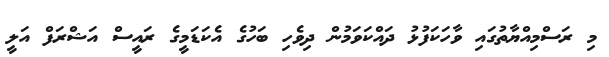
މި ރަސްމިއްޔާތުގައި ވާހަކަފުޅު ދައްކަވަމުން ދިވެހި ބަހުގެ އެކަޑަމީގެ ރައީސް އަޝްރަފް އަލީ